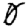
Digit: 0